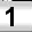
Digit: 1